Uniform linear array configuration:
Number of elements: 4
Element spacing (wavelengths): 0.25
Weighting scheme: blackman
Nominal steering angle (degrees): -60
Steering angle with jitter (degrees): -59.158
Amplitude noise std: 0.05
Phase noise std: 0.05

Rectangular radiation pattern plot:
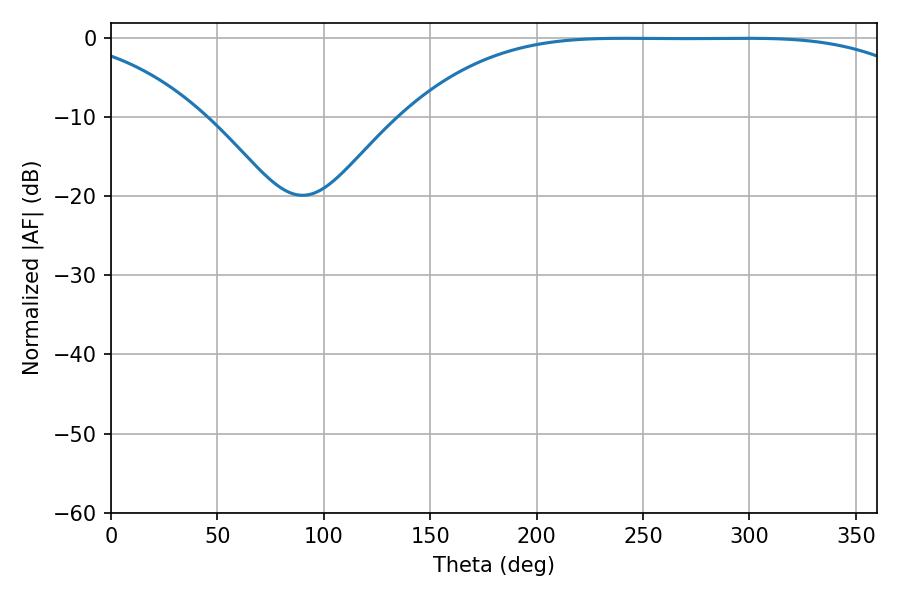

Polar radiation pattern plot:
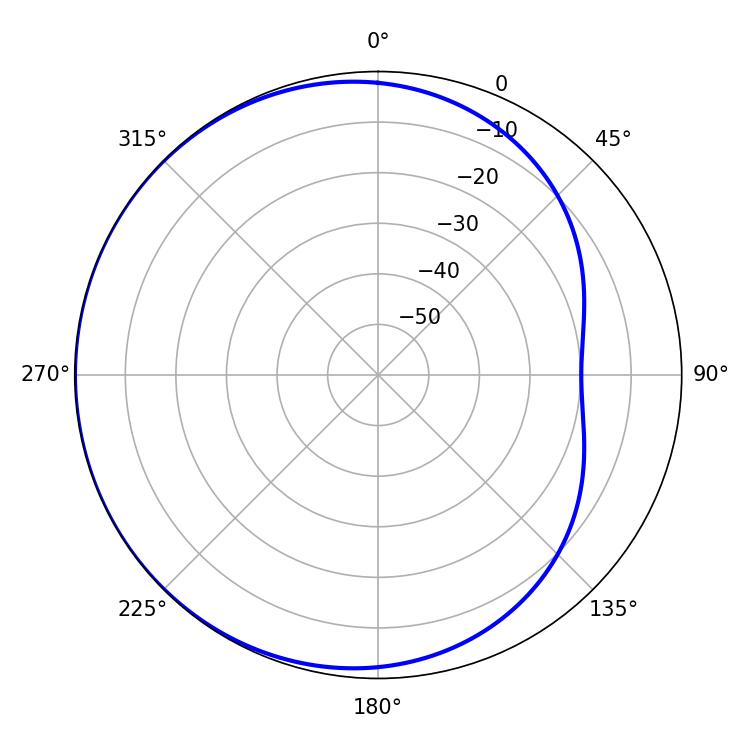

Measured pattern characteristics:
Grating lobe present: FALSE
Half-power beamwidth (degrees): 187.02
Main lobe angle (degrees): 241.38